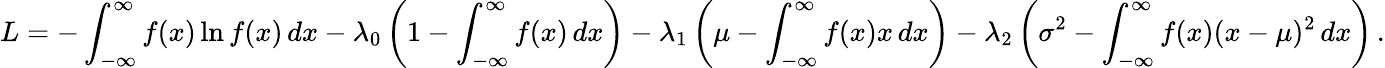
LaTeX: L=-\int_{-\infty}^{\infty}f(x)\ln f(x)\, dx-\lambda_{0}\left(1-\int_{-\infty}^{\infty}f(x)\, dx\right)-\lambda_{1}\left(\mu-\int_{-\infty}^{\infty}f(x)x\, dx\right)-\lambda_{2}\left(\sigma^{2}-\int_{-\infty}^{\infty}f(x)(x-\mu)^{2}\, dx\right)\, .